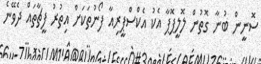
ސޮނީން ބުނާ ގޮތުން ލޮލީޕޮޕާ އެކު އެކްސްޕީރިއާ ފޯނުތަކަށް އިތުރު ފީޗާތައް ދެވޭނެ